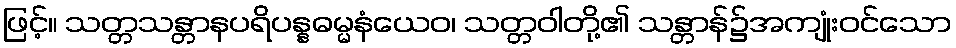
ဖြင့်။ သတ္တသန္တာနပရိပန္နဓမ္မနံယေဝ၊ သတ္တဝါတို့၏ သန္တာန်၌အကျုံးဝင်သော